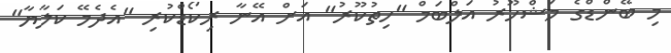
މި ބޭންޑްގެ މަޝްހޫރު އަލްބަމް "ހިތުކޫރު" އަށް އޭނާ ރިކޯޑްކުރި "އެދެމޭ ކަލާޔާ"